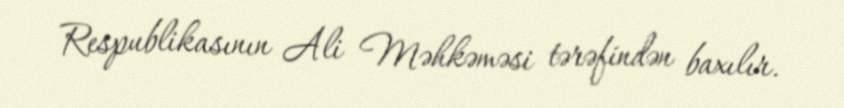
Respublikasının Ali Məhkəməsi tərəfindən baxılır.